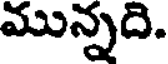
మున్నది.